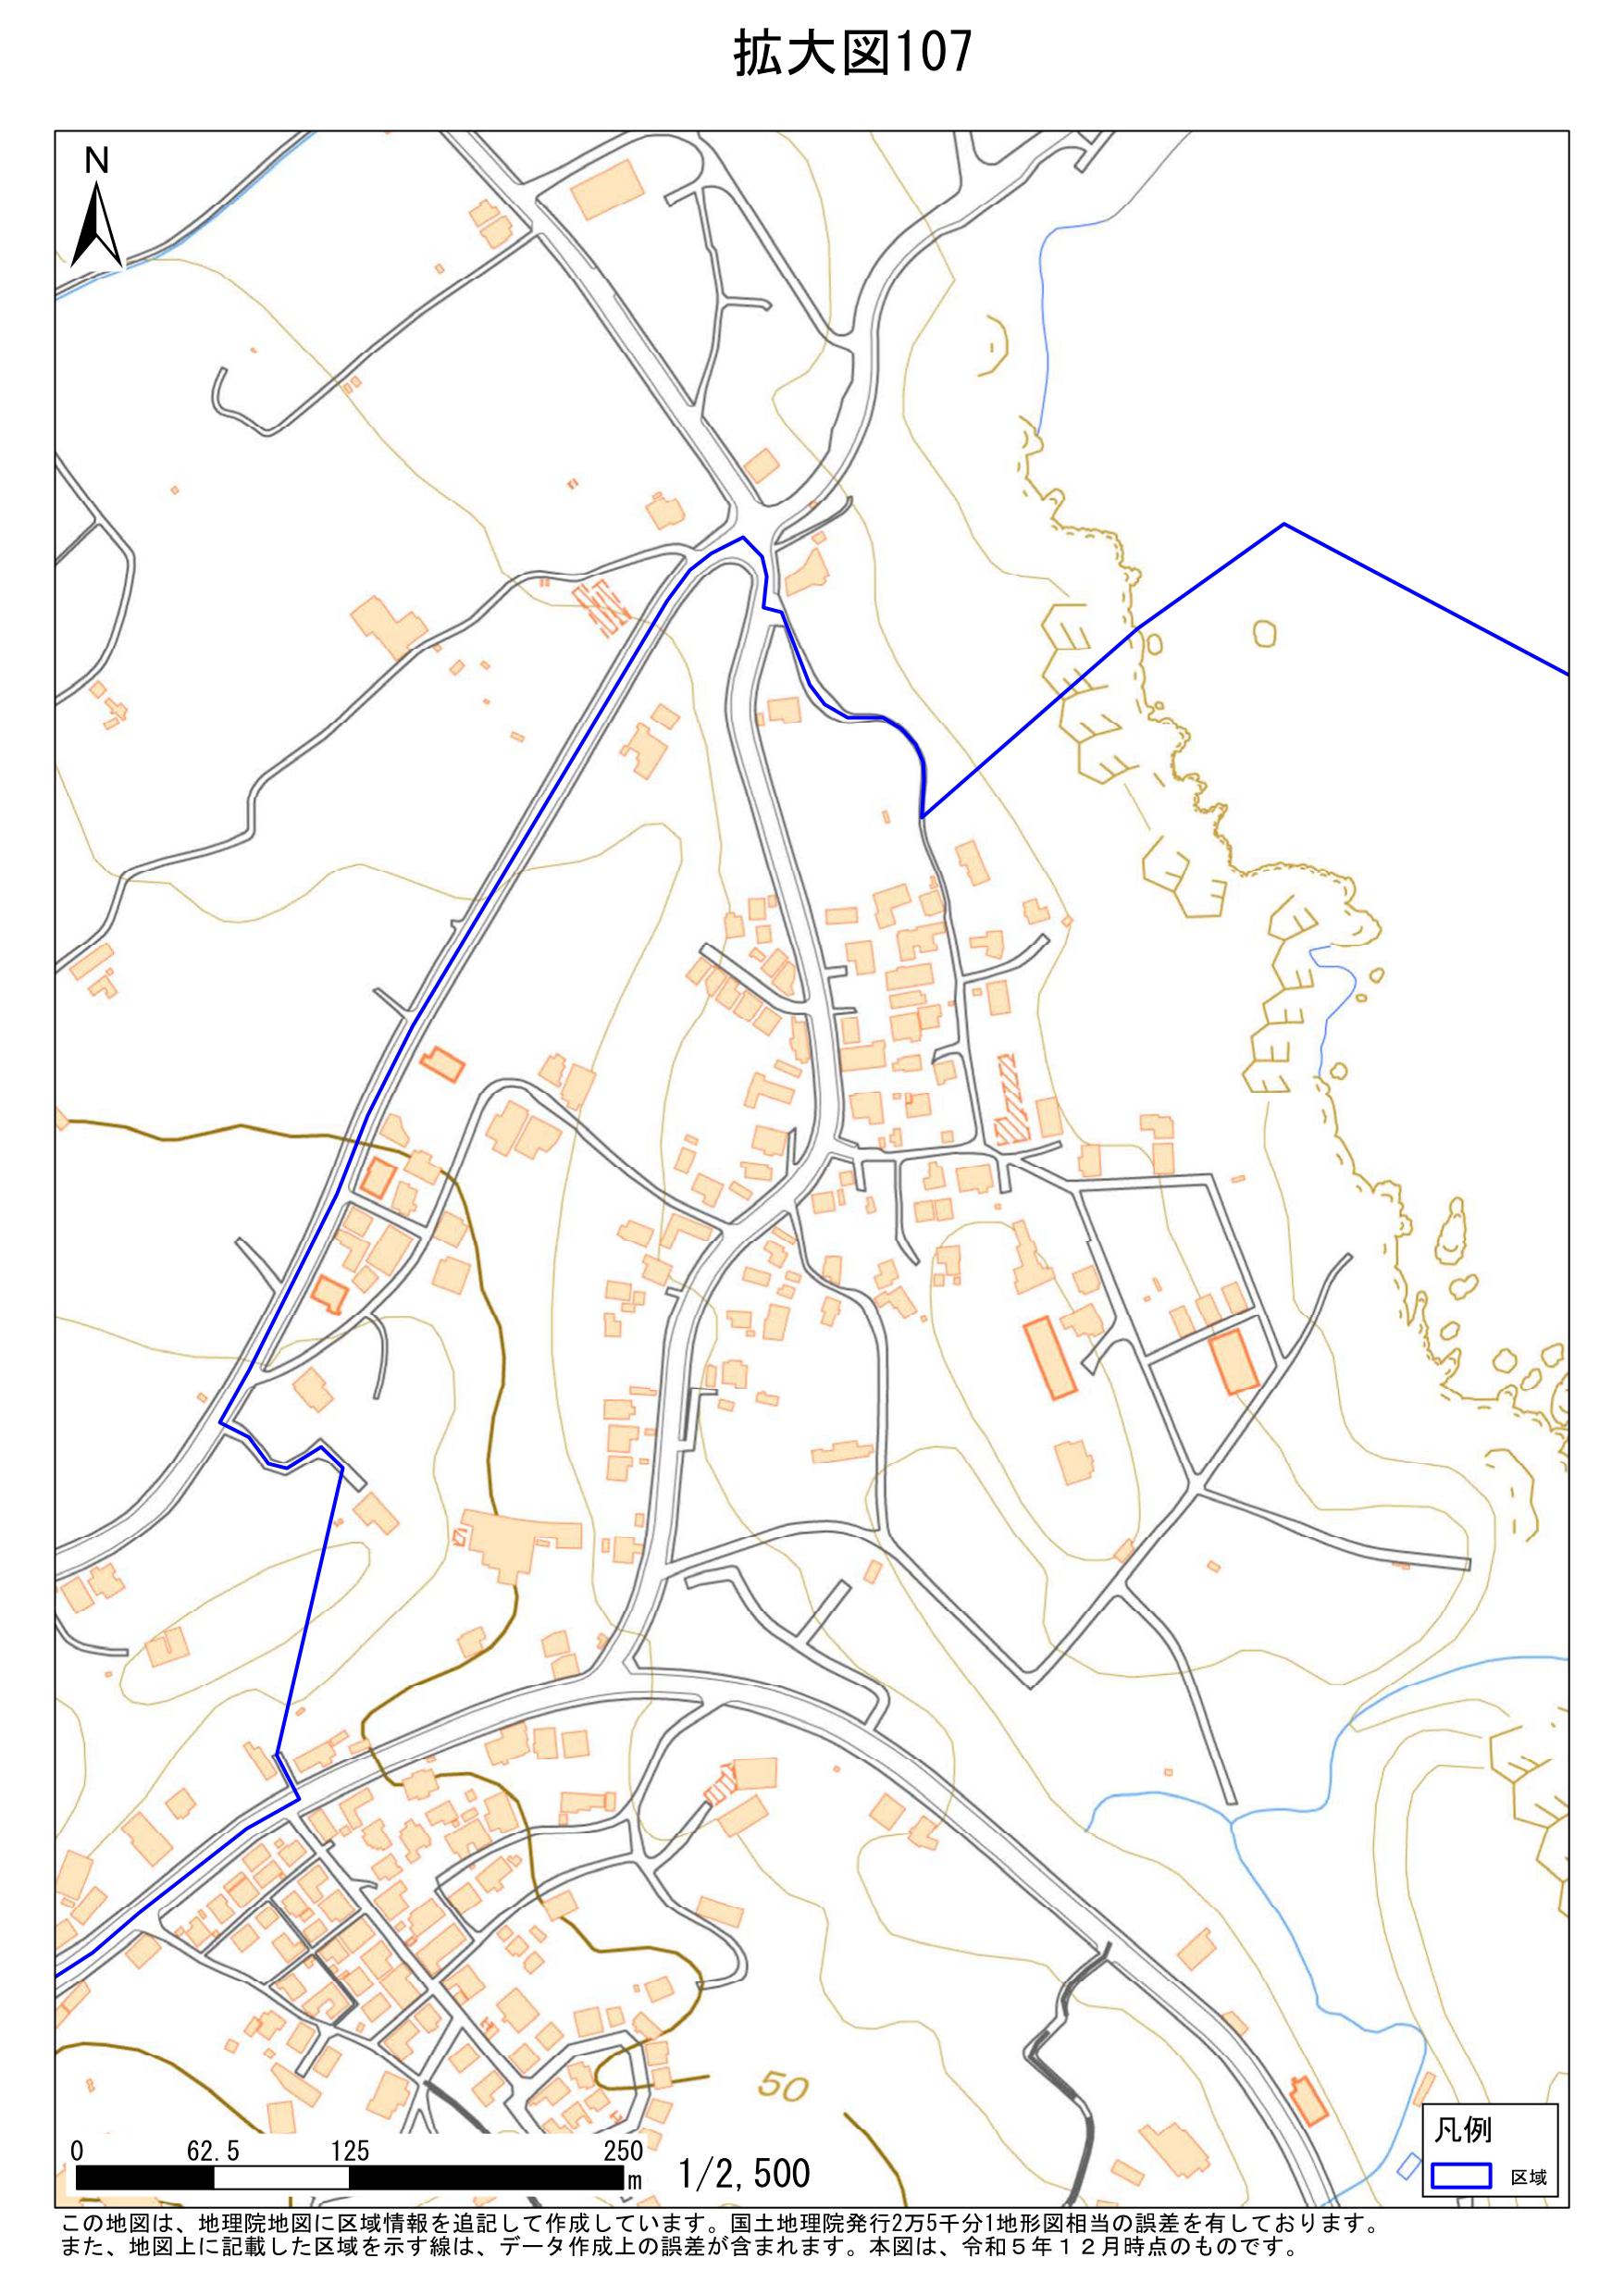
拡大図107

N

0    62.5    125    250 m    1/2,500

凡例
□ 区域

この地図は、地理院地図に区域情報を追記して作成しています。国土地理院発行2万5千分1地形図相当の誤差を有しております。
また、地図上に記載した区域を示す線は、データ作成上の誤差が含まれます。本図は、令和5年12月時点のものです。